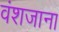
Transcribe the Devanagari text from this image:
वंशजाना